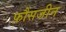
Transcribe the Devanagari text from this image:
फ़ौसजीन